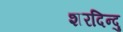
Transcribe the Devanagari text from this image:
शरदिन्दु